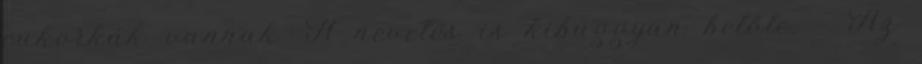
cukorkák vannak. A nevetés is kibuggyan belőle. - Az